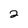
Character: 2